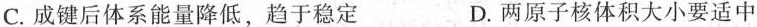
C.成键后体系能量降低，趋于稳定 D.两原子核体积大小要适中